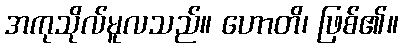
အကုသိုလ်မူလသည်။ ဟောတိ၊ ဖြစ်၏။